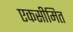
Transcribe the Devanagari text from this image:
एकसीमित